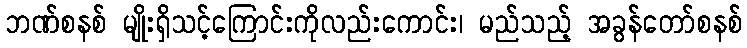
ဘဏ်စနစ် မျိုးရှိသင့်ကြောင်းကိုလည်းကောင်း၊ မည်သည့် အခွန်တော်စနစ်